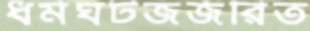
ধর্মঘটজর্জরিত